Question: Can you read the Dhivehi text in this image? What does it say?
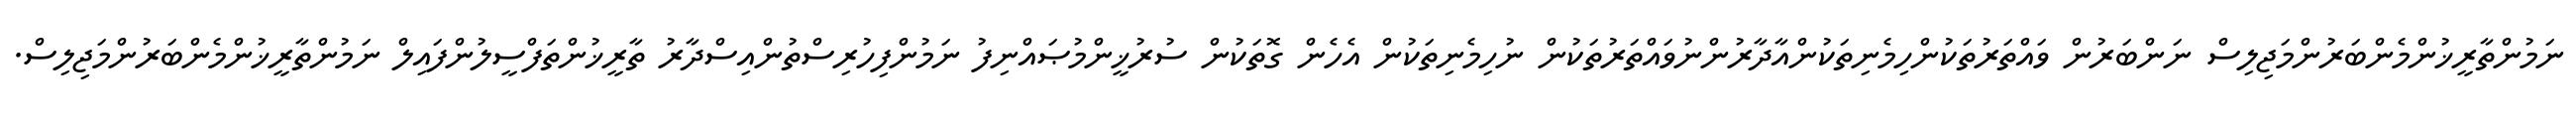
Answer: ނަމުންތާރީޚުންމެންބަރުންމަޖިލިސް ނަންބަރުން ވައްތަރުތަކުންހިމެނިތަކުންއާދާރުންނުވައްތަރުތަކުން ނުހިމެނިތަކުން އެހެން ގޮތަކުން ސުރުޚީންމުޞައްނިފު ނަމުންފިހުރިސްތުންއިސްދާރު ތާރީޚުންތަފްސީލުންފައިލް ނަމުންތާރީޚުންމެންބަރުންމަޖިލިސް.